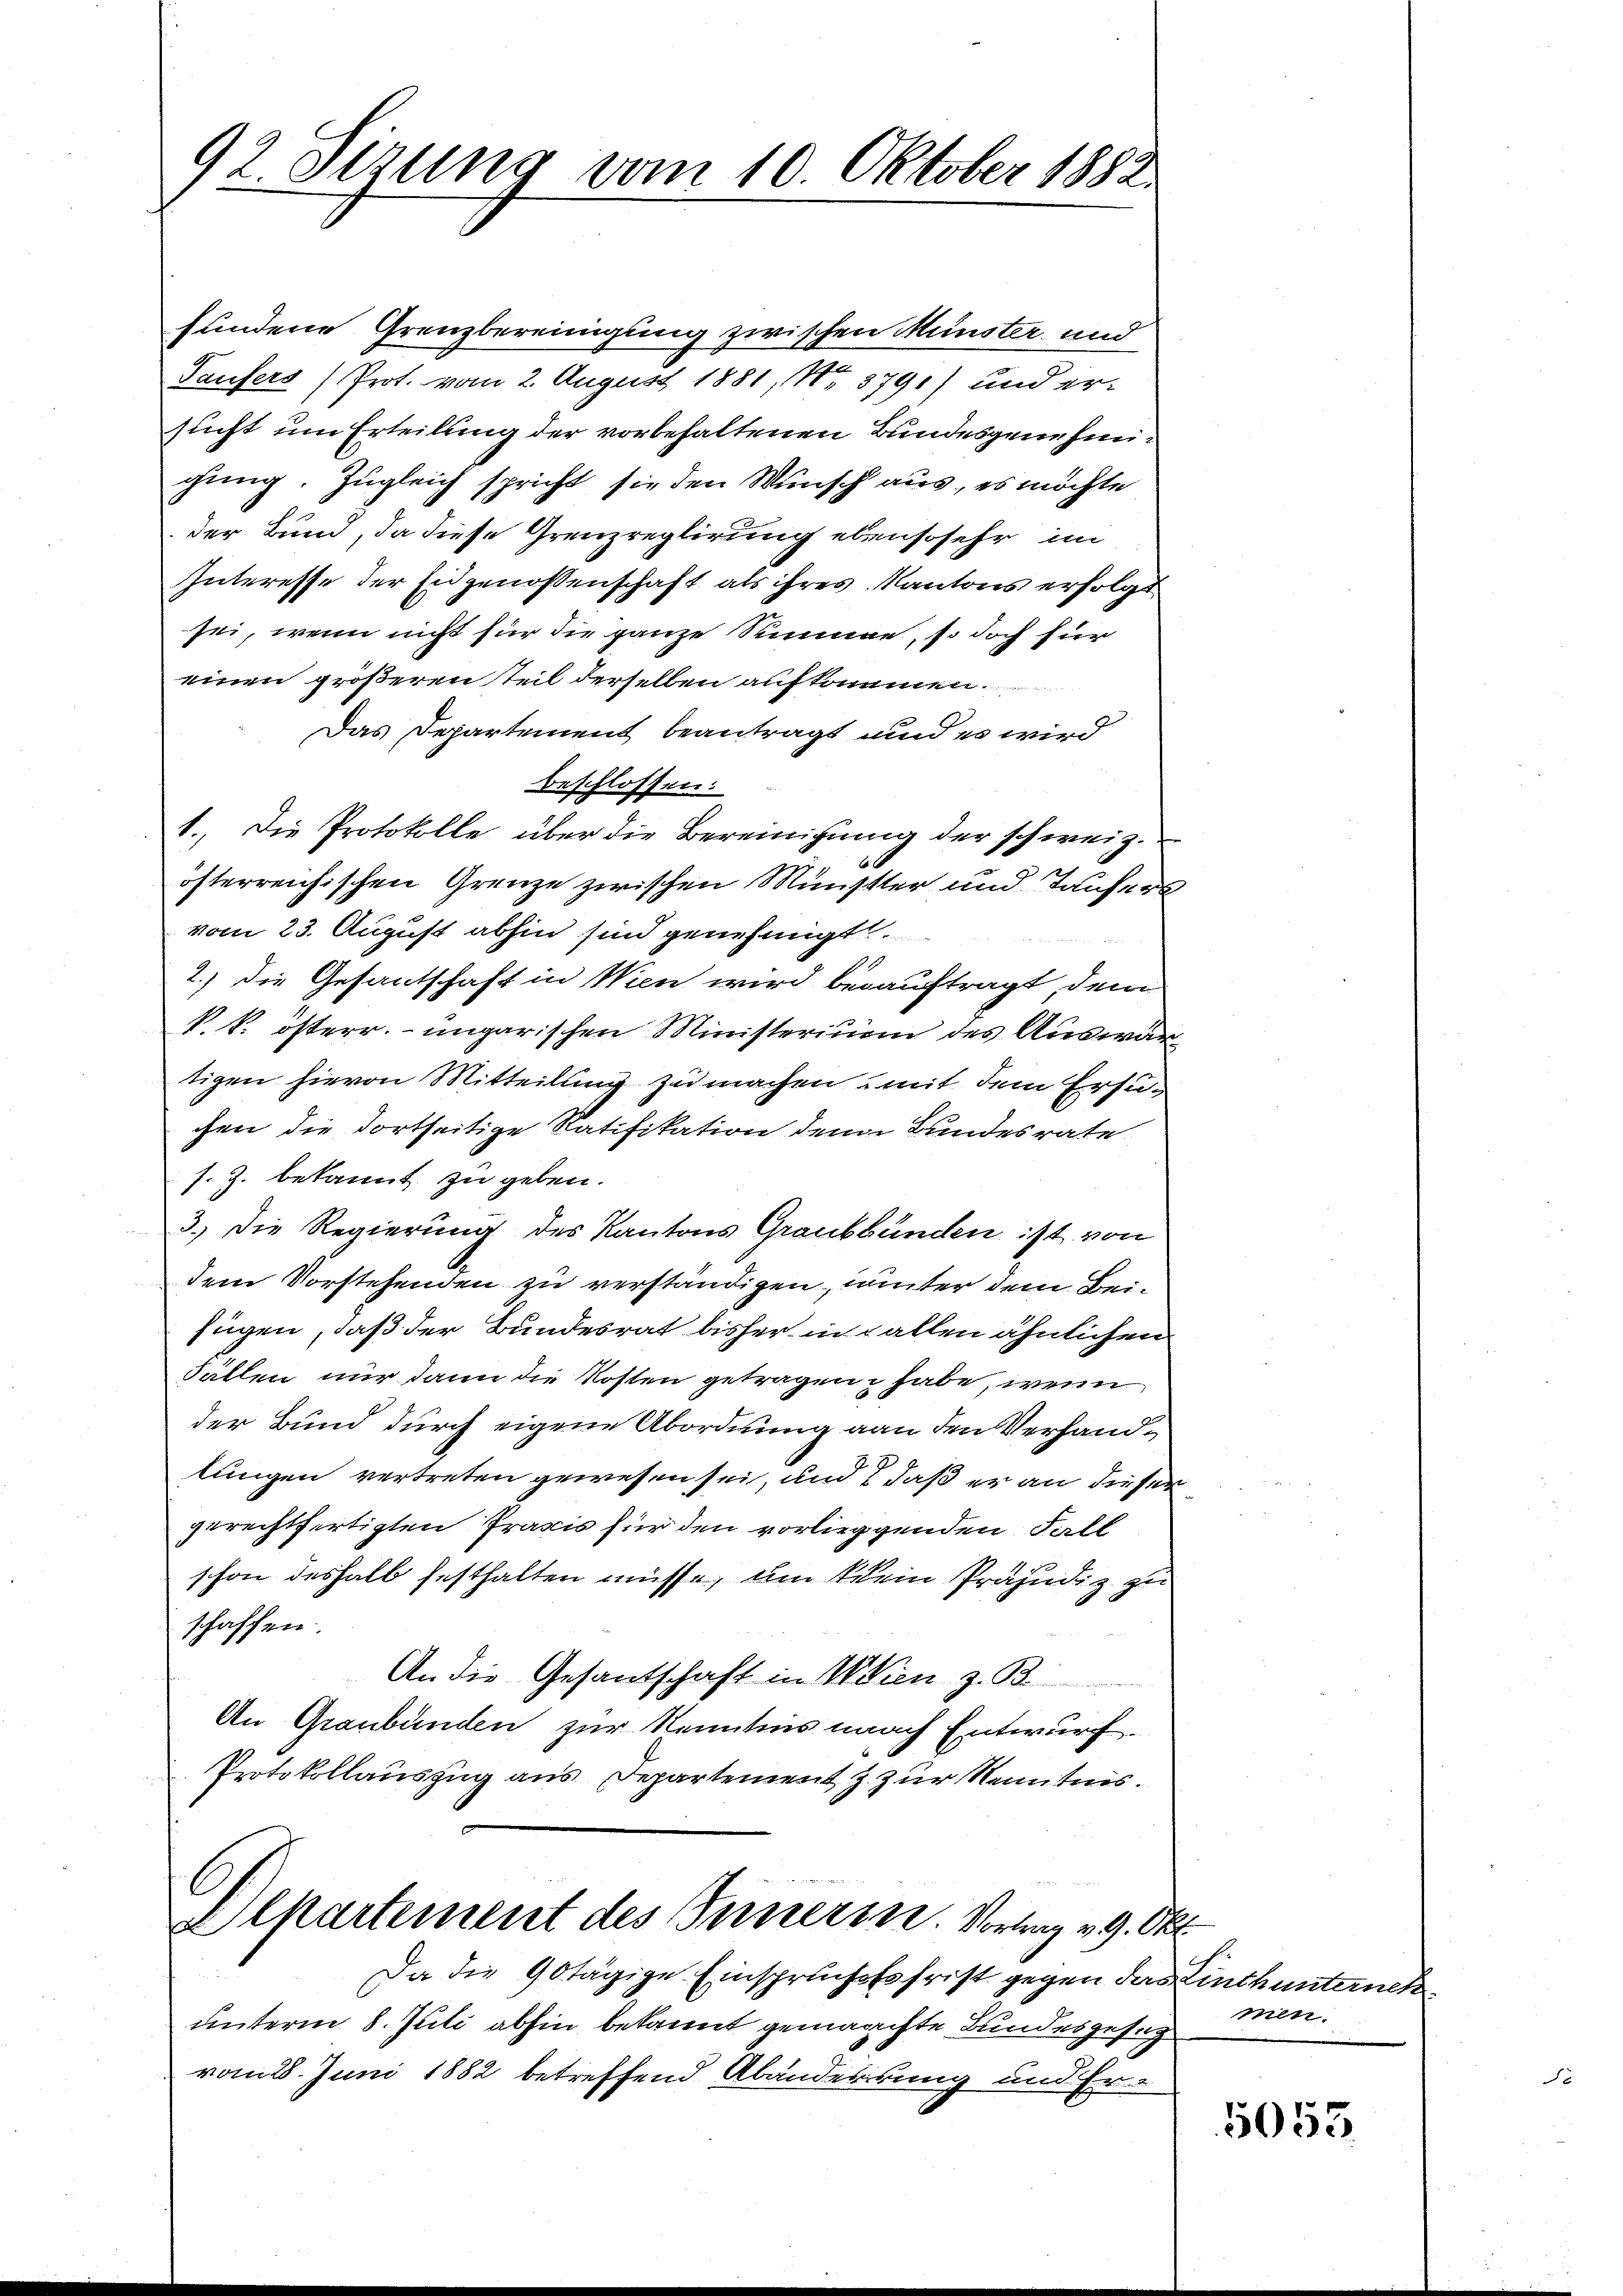
92. Sezung vom 10. Oktober 1882.

fundene Grenzbereinigung zwischen Münster und
Taufers (Prot. vom 2. August 1881, No 3791) und ersucht um Erteilung der vorbehaltenen Bundesgenehmigung. Zugleich spricht sie den Wunsch aus, es möchte
der Bund, da diese Grenzreglirung ebensosehr im
Interesse der Eidgenossenschaft als ihres Kantons erfolgt
sei, wenn nicht für die ganze Summe, so doch für
einen größeren Teil derselben aufkommen.
Das Departement beantragt und es wird
beschlossen:
1. Die Protokolle über die Bereinigung der schweiz.
österreichischen Grenze zwischen Münstler und Taufers
vom 23. August abhin sind genehmigt.
1.
2.) die Gesantschaft in Wien wird beauftragt, dem
k. k. österr. ungarischen Ministerium des Auswär
tigen hievon Mitteilung zu machen mit dem Ersuchen die dortseitige Ratifikation den Bundesrate
s. Z. bekannt zu geben.
3.) Die Regierung des Kantons Graubünden ist von
dem Vorstehenden zu verständigen, unter dem Beifügen, daß der Bundesrat bisher in allen ähnlichen
Fällen nur dann die Kosten getragen habe, wenn
der Bund durch eigene Abordnung an den Verhandlungen vertreten gewesen sei, und daß er an diesen
gerechtfertigten Praxis für den vorlieggenden Fall
schon deshalb festhalten müsse, um kein Präjudiz zu
schaffen.
An die Gesantschaft in Wien z. B.
An Graubünden zur Kenntnis nach Entwurf
Protokollauszug aus Departement z. zur Kenntnis.
C
Alpartement des Inneren. Vortrag v. 9. Okt.

Da die 90tägige Einspruchsfofrist gegen das Linthunterneh
unterm 8. Juli abhin bekannt gemaachte Bundesgesuc
vom 28. Juni 1882 betreffend Abänderkung und Er-

men.

5053.